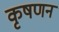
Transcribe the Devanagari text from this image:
कृषणन